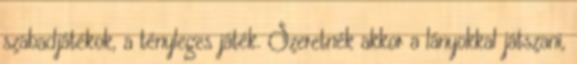
szabadjátékok, a tényleges játék. Szeretnék akkor a lányokkal játszani,